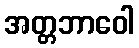
အတ္တဘာဝေါ